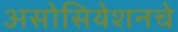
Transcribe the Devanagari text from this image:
असोसियेशनचे